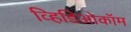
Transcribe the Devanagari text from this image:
व्हिडिओकॉम